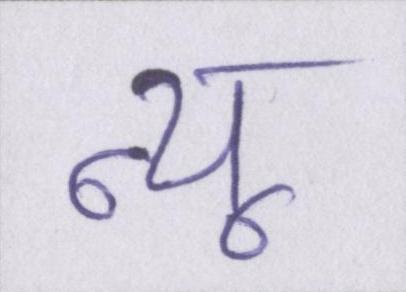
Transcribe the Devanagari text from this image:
न्यू